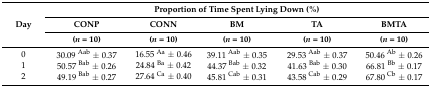
<table><thead><tr><td rowspan="3"><b>Day</b></td><td colspan="5"><b>Proportion of Time Spent Lying Down (%)</b></td></tr><tr><td><b>CONP</b></td><td><b>CONN</b></td><td><b>BM</b></td><td><b>TA</b></td><td><b>BMTA</b></td></tr><tr><td><b>(<i>n</i> = 10)</b></td><td><b>(<i>n</i> = 10)</b></td><td><b>(<i>n</i> = 10)</b></td><td><b>(<i>n</i> = 10)</b></td><td><b>(<i>n</i> = 10)</b></td></tr></thead><tbody><tr><td>0</td><td>30.09 <sup>Aab</sup> ± 0.37</td><td>16.55 <sup>Aa</sup> ± 0.46</td><td>39.11 <sup>Aab</sup> ± 0.35</td><td>29.53 <sup>Aab</sup> ± 0.37</td><td>50.46 <sup>Ab</sup> ± 0.26</td></tr><tr><td>1</td><td>50.57 <sup>Bab</sup> ± 0.26</td><td>24.84 <sup>Ba</sup> ± 0.42</td><td>44.37 <sup>Bab</sup> ± 0.32</td><td>41.63 <sup>Bab</sup> ± 0.30</td><td>66.81 <sup>Bb</sup> ± 0.17</td></tr><tr><td>2</td><td>49.19 <sup>Bab</sup> ± 0.27</td><td>27.64 <sup>Ca</sup> ± 0.40</td><td>45.81 <sup>Cab</sup> ± 0.31</td><td>43.58 <sup>Cab</sup> ± 0.29</td><td>67.80 <sup>Cb</sup> ± 0.17</td></tr></tbody></table>